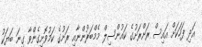
އަދި ފަހަކަށް އައިސް ރަށްރަށުގެ ކައުންސިލް މެމްބަރުންނާއި ރަށުގެ ކަމުވޮށިގެންވާ ގިނަ ބަޔަކު